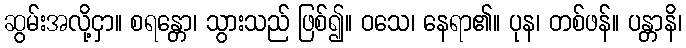
ဆွမ်းအလို့ငှာ။ စရန္တော၊ သွားသည် ဖြစ်၍။ ဝသေ၊ နေရာ၏။ ပုန၊ တစ်ဖန်။ ပန္တာနိ၊